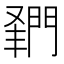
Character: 𨴦